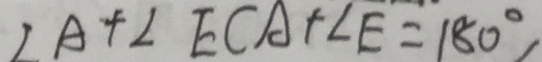
\angle A + \angle E C A + \angle E = 1 8 0 ^ { \circ }